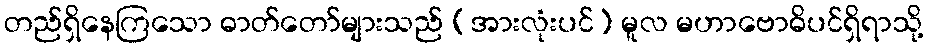
တည်ရှိနေကြသော ဓာတ်တော်များသည် (အားလုံးပင်) မူလ မဟာဗောဓိပင်ရှိရာသို့